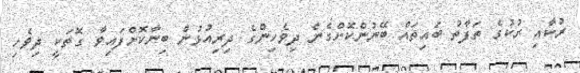
ރުކާއި ރުކުގެ ތަފާތު ބައިތައް ބޭނުންކޮށްގެން ދިވެހިންގެ ދިރިއުޅުން ބިނާކޮށްފައިވާ ގޮތަކީ ދިވެހި